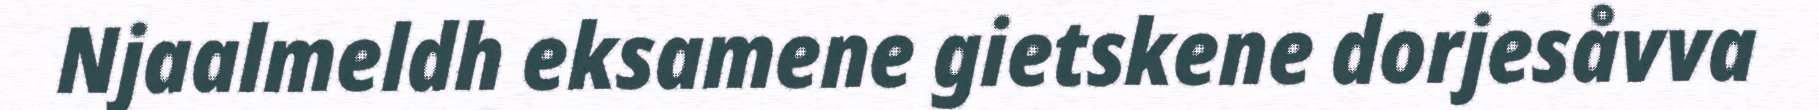
Njaalmeldh eksamene gietskene dorjesåvva